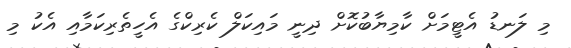
މި ލަނޑު އެޓީމަށް ކާމިޔާބުކޮށް ދިނީ މައިކަލް ކެރިކްގެ އެހީތެރިކަމާއި އެކު މި